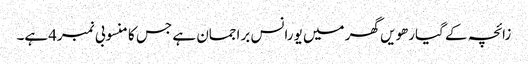
زائچہ کے گیارھویں گھر میں یورانس براجمان ہے جس کا منسوبی نمبر4ہے۔